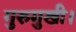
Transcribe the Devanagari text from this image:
गुरुमुखी।